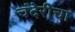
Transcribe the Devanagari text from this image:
चंदेरीचा